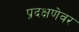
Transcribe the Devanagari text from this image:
प्रदक्षणेवर